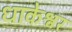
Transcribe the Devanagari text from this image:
धाकेश्वर